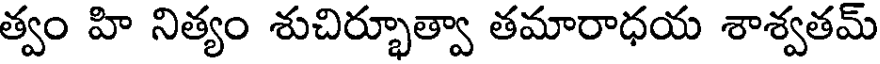
త్వం హి నిత్యం శుచిర్భూత్వా తమారాధయ శాశ్వతమ్